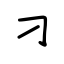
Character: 刁